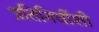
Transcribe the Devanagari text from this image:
प्रतिनिधींशी